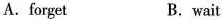
A.forget B.wait